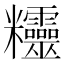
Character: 𥾂